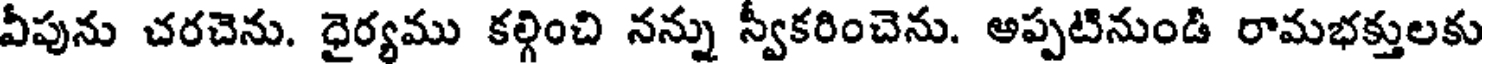
వీపును చరచెను. ధైర్యము కల్గించి నన్ను స్వకరించెను. అప్పటినుండి రామభక్తులకు